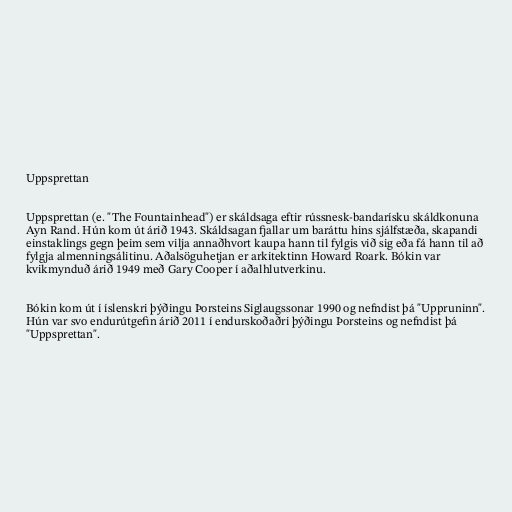
Uppsprettan

Uppsprettan (e. "The Fountainhead") er skáldsaga eftir rússnesk-bandarísku skáldkonuna
Ayn Rand. Hún kom út árið 1943. Skáldsagan fjallar um baráttu hins sjálfstæða, skapandi
einstaklings gegn þeim sem vilja annaðhvort kaupa hann til fylgis við sig eða fá hann til að
fylgja almenningsálitinu. Aðalsöguhetjan er arkitektinn Howard Roark. Bókin var
kvikmynduð árið 1949 með Gary Cooper í aðalhlutverkinu.

Bókin kom út í íslenskri þýðingu Þorsteins Siglaugssonar 1990 og nefndist þá "Uppruninn".
Hún var svo endurútgefin árið 2011 í endurskoðaðri þýðingu Þorsteins og nefndist þá
"Uppsprettan".